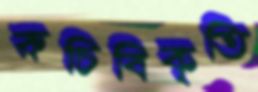
রুচিবিকৃতি